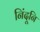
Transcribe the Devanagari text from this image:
निंदूनि